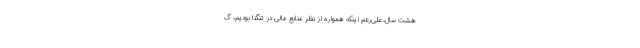
هشت سال، علی‌رغم اینکه همواره از نظر منابع مالی در تنگنا بودیم، گ